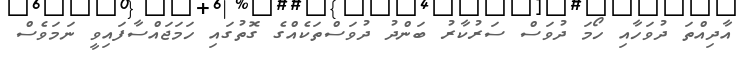
އާދިއްތަ ދުވަހާއި ހޯމަ ދުވަސް ސަރުކާރު ބަންދު ދުވަސްތަކެއްގެ ގޮތުގައި ހަަމަޖައްސާފައިވީ ނަމަވެސް